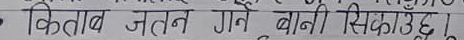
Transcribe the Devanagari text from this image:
किताब जतन गने बानी सिकाउढ